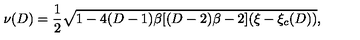
\nu ( D ) = { \frac { 1 } { 2 } } \sqrt { 1 - 4 ( D - 1 ) \beta [ ( D - 2 ) \beta - 2 ] ( \xi - \xi _ { c } ( D ) ) } ,